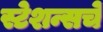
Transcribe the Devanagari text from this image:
स्टेशन्सचे